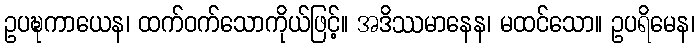
ဥပဍ္ဎကာယေန၊ ထက်ဝက်သောကိုယ်ဖြင့်။ အဒိဿမာနေန၊ မထင်သော။ ဥပရိမေန၊